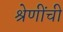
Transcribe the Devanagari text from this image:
श्रेणींची